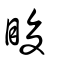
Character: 睃